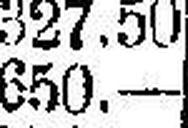
650.—